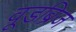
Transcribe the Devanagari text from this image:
वूडब्रिज